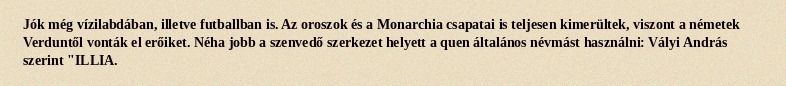
Jók még vízilabdában, illetve futballban is. Az oroszok és a Monarchia csapatai is teljesen kimerültek, viszont a németek Verduntől vonták el erőiket. Néha jobb a szenvedő szerkezet helyett a quen általános névmást használni: Vályi András szerint "ILLIA.